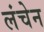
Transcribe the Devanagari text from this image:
लंचेन